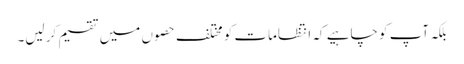
بلکہ آپ کو چاہیے کہ انتظامات کو مختلف حصو ں میں تقسیم کر لیں۔